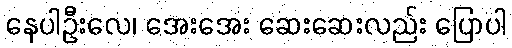
နေပါဦးလေ၊ အေးအေး ဆေးဆေးလည်း ပြောပါ